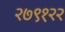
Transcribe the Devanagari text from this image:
२७९१२२